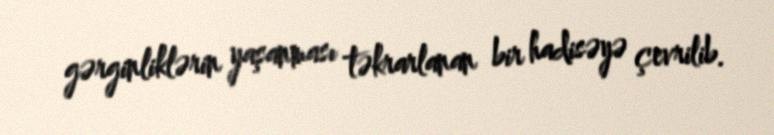
gərginliklərin yaşanması təkrarlanan bir hadisəyə çevrilib.